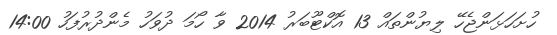
ހުށަހަޅަންޖެހޭ ލިޔުންތައް 13 އޮކްޓޫބަރު 2014 ވާ ހޯމަ ދުވަހު މެންދުރުފަހު 14:00